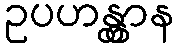
ဥပဟန္တွာန